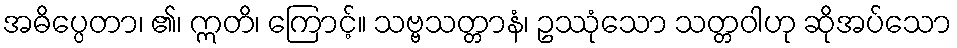
အဓိပ္ပေတာ၊ ၏၊ ဣတိ၊ ကြောင့်။ သဗ္ဗသတ္တာနံ၊ ဥဿုံသော သတ္တဝါဟု ဆိုအပ်သော